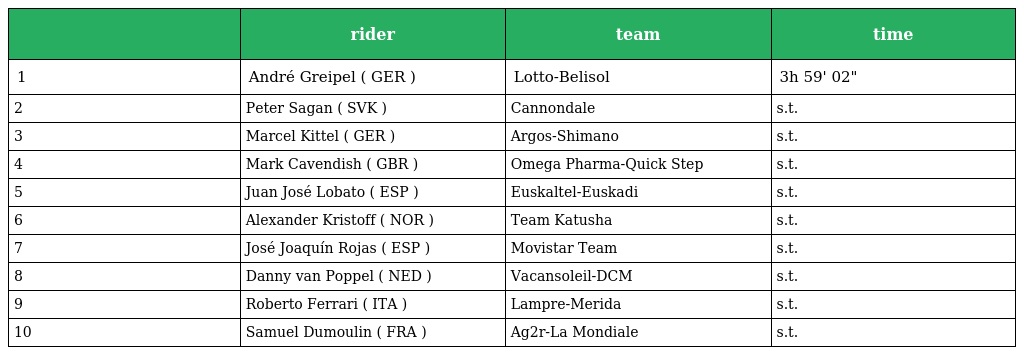
|  | rider | team | time |
 | --- | --- | --- | --- |
 | 1 | André Greipel ( GER ) | Lotto-Belisol | 3h 59' 02" |
 | 2 | Peter Sagan ( SVK ) | Cannondale | s.t. |
 | 3 | Marcel Kittel ( GER ) | Argos-Shimano | s.t. |
 | 4 | Mark Cavendish ( GBR ) | Omega Pharma-Quick Step | s.t. |
 | 5 | Juan José Lobato ( ESP ) | Euskaltel-Euskadi | s.t. |
 | 6 | Alexander Kristoff ( NOR ) | Team Katusha | s.t. |
 | 7 | José Joaquín Rojas ( ESP ) | Movistar Team | s.t. |
 | 8 | Danny van Poppel ( NED ) | Vacansoleil-DCM | s.t. |
 | 9 | Roberto Ferrari ( ITA ) | Lampre-Merida | s.t. |
 | 10 | Samuel Dumoulin ( FRA ) | Ag2r-La Mondiale | s.t. |